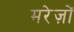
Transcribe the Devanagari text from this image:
मरेज़ों